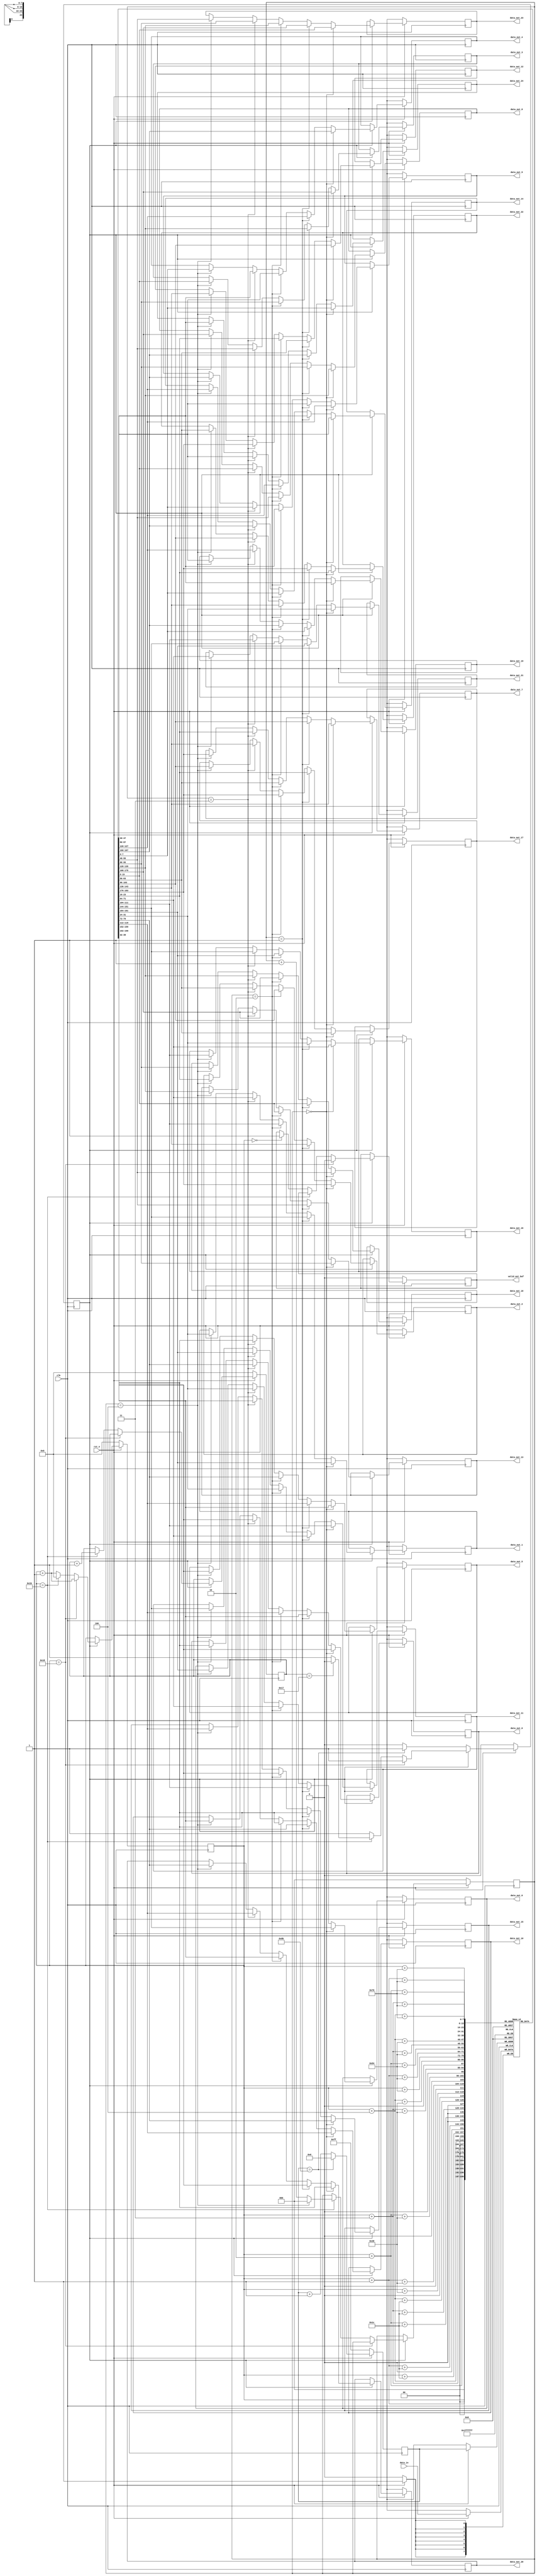
/*------------------------------------------------------------------------
 *
 *  Copyright (c) 2021 by Bo Young Kang, All rights reserved.
 *
 *  Written by : Kang, Bo Young
 *  Written on : Sep 30, 2021
 *  Version    : 21.2
 *  Design     : 1st Convolution Layer for CNN MNIST dataset
 *               Input Buffer
 *
 *------------------------------------------------------------------------*/

/*-------------------------------------------------------------------
 *  Module: conv1_buf
 *------------------------------------------------------------------*/
 
 module conv1_buf #(parameter WIDTH = 28, HEIGHT = 28, DATA_BITS = 8)(
   input                        clk,
   input                        rst_n,
   input  [DATA_BITS - 1:0]     data_in,
   output reg [DATA_BITS - 1:0] data_out_0,  data_out_1,  data_out_2,  data_out_3,  data_out_4,
                                data_out_5,  data_out_6,  data_out_7,  data_out_8,  data_out_9,
                                data_out_10, data_out_11, data_out_12, data_out_13, data_out_14,
                                data_out_15, data_out_16, data_out_17, data_out_18, data_out_19,
                                data_out_20, data_out_21, data_out_22, data_out_23, data_out_24,
   output reg valid_out_buf
 );

 localparam FILTER_SIZE = 5;

 reg [DATA_BITS - 1:0] buffer [0:WIDTH * FILTER_SIZE - 1];
 reg [DATA_BITS - 1:0] buf_idx;
 reg [4:0] w_idx, h_idx;
 reg [2:0] buf_flag;  // 0 ~ 4
 reg state;

 always @(posedge clk) begin
   if(~rst_n) begin
     buf_idx <= -1;
     w_idx <= 0;
     h_idx <= 0;
     buf_flag <= 0;
     state <= 0;
     valid_out_buf <= 0;
     data_out_0 <= 12'bx;
     data_out_1 <= 12'bx;
     data_out_2 <= 12'bx;
     data_out_3 <= 12'bx;
     data_out_4 <= 12'bx;
     data_out_5 <= 12'bx;
     data_out_6 <= 12'bx;
     data_out_7 <= 12'bx;
     data_out_8 <= 12'bx;
     data_out_9 <= 12'bx;
     data_out_10 <= 12'bx;
     data_out_11 <= 12'bx;
     data_out_12 <= 12'bx;
     data_out_13 <= 12'bx;
     data_out_14 <= 12'bx;
     data_out_15 <= 12'bx;
     data_out_16 <= 12'bx;
     data_out_17 <= 12'bx;
     data_out_18 <= 12'bx;
     data_out_19 <= 12'bx;
     data_out_20 <= 12'bx;
     data_out_21 <= 12'bx;
     data_out_22 <= 12'bx;
     data_out_23 <= 12'bx;
     data_out_24 <= 12'bx;
   end else begin
   buf_idx <= buf_idx + 1;
   if(buf_idx == WIDTH * FILTER_SIZE - 1) begin // buffer size = 140 = 28(w) * 5(h)
     buf_idx <= 0;
   end
   
   buffer[buf_idx] <= data_in;  // data input
   
   // Wait until first 140 input data filled in buffer
   if(!state) begin
     if(buf_idx == WIDTH * FILTER_SIZE - 1) begin
       state <= 1'b1;
     end
   end else begin // valid state
     w_idx <= w_idx + 1'b1; // move right

     if(w_idx == WIDTH - FILTER_SIZE + 1) begin
       valid_out_buf <= 1'b0; // unvalid area
     end else if(w_idx == WIDTH - 1) begin
       buf_flag <= buf_flag + 1'b1;
       if(buf_flag == FILTER_SIZE - 1) begin
         buf_flag <= 0;
       end
       w_idx <= 0;

       if(h_idx == HEIGHT - FILTER_SIZE) begin  // done 1 input read -> 28 * 28
         h_idx <= 0;
         state <= 1'b0;
       end 
       
       h_idx <= h_idx + 1'b1;

     end else if(w_idx == 0) begin
       valid_out_buf <= 1'b1; // start valid area
     end

     // Buffer Selection -> 5 * 5
     if(buf_flag == 3'd0) begin
       data_out_0 <= buffer[w_idx];
       data_out_1 <= buffer[w_idx + 1];
       data_out_2 <= buffer[w_idx + 2];
       data_out_3 <= buffer[w_idx + 3];
       data_out_4 <= buffer[w_idx + 4];

       data_out_5 <= buffer[w_idx + WIDTH];
       data_out_6 <= buffer[w_idx + 1 + WIDTH];
       data_out_7 <= buffer[w_idx + 2 + WIDTH];
       data_out_8 <= buffer[w_idx + 3 + WIDTH];
       data_out_9 <= buffer[w_idx + 4 + WIDTH];

       data_out_10 <= buffer[w_idx + WIDTH * 2];
       data_out_11 <= buffer[w_idx + 1 + WIDTH * 2];
       data_out_12 <= buffer[w_idx + 2 + WIDTH * 2];
       data_out_13 <= buffer[w_idx + 3 + WIDTH * 2];
       data_out_14 <= buffer[w_idx + 4 + WIDTH * 2];

       data_out_15 <= buffer[w_idx + WIDTH * 3];
       data_out_16 <= buffer[w_idx + 1 + WIDTH * 3];
       data_out_17 <= buffer[w_idx + 2 + WIDTH * 3];
       data_out_18 <= buffer[w_idx + 3 + WIDTH * 3];
       data_out_19 <= buffer[w_idx + 4 + WIDTH * 3];

       data_out_20 <= buffer[w_idx + WIDTH * 4];
       data_out_21 <= buffer[w_idx + 1 + WIDTH * 4];
       data_out_22 <= buffer[w_idx + 2 + WIDTH * 4];
       data_out_23 <= buffer[w_idx + 3 + WIDTH * 4];
       data_out_24 <= buffer[w_idx + 4 + WIDTH * 4];
     end else if(buf_flag == 3'd1) begin
       data_out_0 <= buffer[w_idx + WIDTH];
       data_out_1 <= buffer[w_idx + 1 + WIDTH];
       data_out_2 <= buffer[w_idx + 2 + WIDTH];
       data_out_3 <= buffer[w_idx + 3 + WIDTH];
       data_out_4 <= buffer[w_idx + 4 + WIDTH];

       data_out_5 <= buffer[w_idx + WIDTH * 2];
       data_out_6 <= buffer[w_idx + 1 + WIDTH * 2];
       data_out_7 <= buffer[w_idx + 2 + WIDTH * 2];
       data_out_8 <= buffer[w_idx + 3 + WIDTH * 2];
       data_out_9 <= buffer[w_idx + 4 + WIDTH * 2];

       data_out_10 <= buffer[w_idx + WIDTH * 3];
       data_out_11 <= buffer[w_idx + 1 + WIDTH * 3];
       data_out_12 <= buffer[w_idx + 2 + WIDTH * 3];
       data_out_13 <= buffer[w_idx + 3 + WIDTH * 3];
       data_out_14 <= buffer[w_idx + 4 + WIDTH * 3];

       data_out_15 <= buffer[w_idx + WIDTH * 4];
       data_out_16 <= buffer[w_idx + 1 + WIDTH * 4];
       data_out_17 <= buffer[w_idx + 2 + WIDTH * 4];
       data_out_18 <= buffer[w_idx + 3 + WIDTH * 4];
       data_out_19 <= buffer[w_idx + 4 + WIDTH * 4];

       data_out_20 <= buffer[w_idx];
       data_out_21 <= buffer[w_idx + 1];
       data_out_22 <= buffer[w_idx + 2];
       data_out_23 <= buffer[w_idx + 3];
       data_out_24 <= buffer[w_idx + 4];
     end else if(buf_flag == 3'd2) begin
       data_out_0 <= buffer[w_idx + WIDTH * 2];
       data_out_1 <= buffer[w_idx + 1 + WIDTH * 2];
       data_out_2 <= buffer[w_idx + 2 + WIDTH * 2];
       data_out_3 <= buffer[w_idx + 3 + WIDTH * 2];
       data_out_4 <= buffer[w_idx + 4 + WIDTH * 2];

       data_out_5 <= buffer[w_idx + WIDTH * 3];
       data_out_6 <= buffer[w_idx + 1 + WIDTH * 3];
       data_out_7 <= buffer[w_idx + 2 + WIDTH * 3];
       data_out_8 <= buffer[w_idx + 3 + WIDTH * 3];
       data_out_9 <= buffer[w_idx + 4 + WIDTH * 3];

       data_out_10 <= buffer[w_idx + WIDTH * 4];
       data_out_11 <= buffer[w_idx + 1 + WIDTH * 4];
       data_out_12 <= buffer[w_idx + 2 + WIDTH * 4];
       data_out_13 <= buffer[w_idx + 3 + WIDTH * 4];
       data_out_14 <= buffer[w_idx + 4 + WIDTH * 4];

       data_out_15 <= buffer[w_idx];
       data_out_16 <= buffer[w_idx + 1];
       data_out_17 <= buffer[w_idx + 2];
       data_out_18 <= buffer[w_idx + 3];
       data_out_19 <= buffer[w_idx + 4];

       data_out_20 <= buffer[w_idx + WIDTH];
       data_out_21 <= buffer[w_idx + 1 + WIDTH];
       data_out_22 <= buffer[w_idx + 2 + WIDTH];
       data_out_23 <= buffer[w_idx + 3 + WIDTH];
       data_out_24 <= buffer[w_idx + 4 + WIDTH];
     end else if(buf_flag == 3'd3) begin
       data_out_0 <= buffer[w_idx + WIDTH * 3];
       data_out_1 <= buffer[w_idx + 1 + WIDTH * 3];
       data_out_2 <= buffer[w_idx + 2 + WIDTH * 3];
       data_out_3 <= buffer[w_idx + 3 + WIDTH * 3];
       data_out_4 <= buffer[w_idx + 4 + WIDTH * 3];

       data_out_5 <= buffer[w_idx + WIDTH * 4];
       data_out_6 <= buffer[w_idx + 1 + WIDTH * 4];
       data_out_7 <= buffer[w_idx + 2 + WIDTH * 4];
       data_out_8 <= buffer[w_idx + 3 + WIDTH * 4];
       data_out_9 <= buffer[w_idx + 4 + WIDTH * 4];

       data_out_10 <= buffer[w_idx];
       data_out_11 <= buffer[w_idx + 1];
       data_out_12 <= buffer[w_idx + 2];
       data_out_13 <= buffer[w_idx + 3];
       data_out_14 <= buffer[w_idx + 4];

       data_out_15 <= buffer[w_idx + WIDTH];
       data_out_16 <= buffer[w_idx + 1 + WIDTH];
       data_out_17 <= buffer[w_idx + 2 + WIDTH];
       data_out_18 <= buffer[w_idx + 3 + WIDTH];
       data_out_19 <= buffer[w_idx + 4 + WIDTH];

       data_out_20 <= buffer[w_idx + WIDTH * 2];
       data_out_21 <= buffer[w_idx + 1 + WIDTH * 2];
       data_out_22 <= buffer[w_idx + 2 + WIDTH * 2];
       data_out_23 <= buffer[w_idx + 3 + WIDTH * 2];
       data_out_24 <= buffer[w_idx + 4 + WIDTH * 2];      
     end else if(buf_flag == 3'd4) begin
       data_out_0 <= buffer[w_idx + WIDTH * 4];
       data_out_1 <= buffer[w_idx + 1 + WIDTH * 4];
       data_out_2 <= buffer[w_idx + 2 + WIDTH * 4];
       data_out_3 <= buffer[w_idx + 3 + WIDTH * 4];
       data_out_4 <= buffer[w_idx + 4 + WIDTH * 4];

       data_out_5 <= buffer[w_idx];
       data_out_6 <= buffer[w_idx + 1];
       data_out_7 <= buffer[w_idx + 2];
       data_out_8 <= buffer[w_idx + 3];
       data_out_9 <= buffer[w_idx + 4];

       data_out_10 <= buffer[w_idx + WIDTH];
       data_out_11 <= buffer[w_idx + 1 + WIDTH];
       data_out_12 <= buffer[w_idx + 2 + WIDTH];
       data_out_13 <= buffer[w_idx + 3 + WIDTH];
       data_out_14 <= buffer[w_idx + 4 + WIDTH];

       data_out_15 <= buffer[w_idx + WIDTH * 2];
       data_out_16 <= buffer[w_idx + 1 + WIDTH * 2];
       data_out_17 <= buffer[w_idx + 2 + WIDTH * 2];
       data_out_18 <= buffer[w_idx + 3 + WIDTH * 2];
       data_out_19 <= buffer[w_idx + 4 + WIDTH * 2];

       data_out_20 <= buffer[w_idx + WIDTH * 3];
       data_out_21 <= buffer[w_idx + 1 + WIDTH * 3];
       data_out_22 <= buffer[w_idx + 2 + WIDTH * 3];
       data_out_23 <= buffer[w_idx + 3 + WIDTH * 3];
       data_out_24 <= buffer[w_idx + 4 + WIDTH * 3];   
     end
   end
   end
 end
endmodule